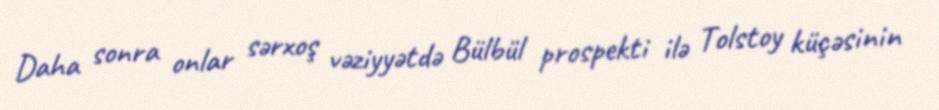
Daha sonra onlar sərxoş vəziyyətdə Bülbül prospekti ilə Tolstoy küçəsinin